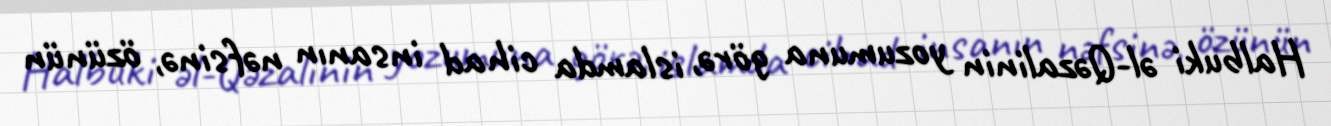
Halbuki əl-Qəzalinin yozumuna görə, islamda cihad insanın nəfsinə, özünün